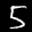
Label: 5